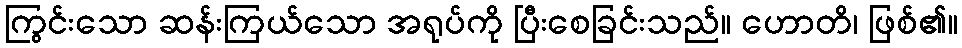
ကြွင်းသော ဆန်းကြယ်သော အရုပ်ကို ပြီးစေခြင်းသည်။ ဟောတိ၊ ဖြစ်၏။